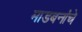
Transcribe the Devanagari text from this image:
माडबनांचे